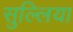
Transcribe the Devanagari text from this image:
सुल्लिया